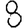
Digit: 8